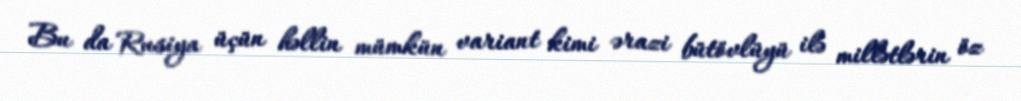
Bu da Rusiya üçün həllin mümkün variant kimi ərazi bütövlüyü ilə millətlərin öz